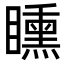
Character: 矄